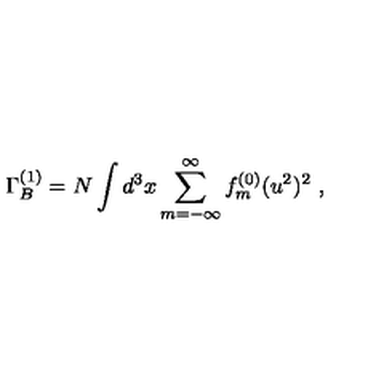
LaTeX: \Gamma _ { B } ^ { ( 1 ) } = N \int d ^ { 3 } x \sum _ { m = - \infty } ^ { \infty } f _ { m } ^ { ( 0 ) } ( u ^ { 2 } ) ^ { 2 } \ ,